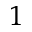
^ { 1 }